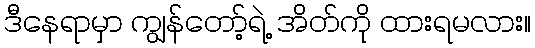
ဒီနေရာမှာ ကျွန်တော့်ရဲ့ အိတ်ကို ထားရမလား။